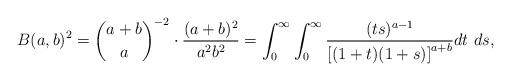
LaTeX: \begin{align*} B(a, b)^{2} & = \binom{a+b}{a}^{-2} \cdot \frac{(a+b)^2}{a^2 b^2} = \int_0^{\infty} \int_0^{\infty} \frac{(ts)^{a-1}}{\left[(1+t)(1+s)\right]^{a+b}} dt\ ds, \end{align*}